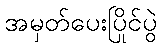
အမှတ်ပေးပြိုင်ပွဲ